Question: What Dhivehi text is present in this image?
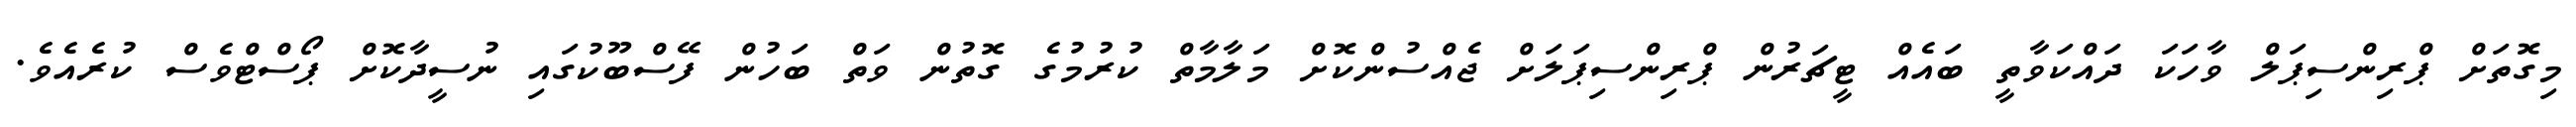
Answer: މިގޮތަށް ޕްރިންސިޕަލް ވާހަކަ ދައްކަވާތީ ބައެއް ޓީޗަރުން ޕްރިންސިޕަލަށް ޖެއްސުންކޮށް މަލާމާތް ކުރުމުގެ ގޮތުން ވަތް ބަހުން ފޭސްބޫކުގައި ނުސީދާކޮށް ޕޯސްޓްވެސް ކުރެއެވެ.